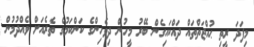
މިފަދަ ރީތި ޙުއްޖަތްތައް ދައްކައިގެން ބޭރު މީހުން ދިވެހިންގެ ކަންކަމުގެ ތެރެއަށް ވެއްދުމުން